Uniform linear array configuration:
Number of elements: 8
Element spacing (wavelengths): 0.75
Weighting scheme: blackman
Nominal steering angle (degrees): -15
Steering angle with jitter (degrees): -15.328
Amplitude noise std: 0.05
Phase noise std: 0.05

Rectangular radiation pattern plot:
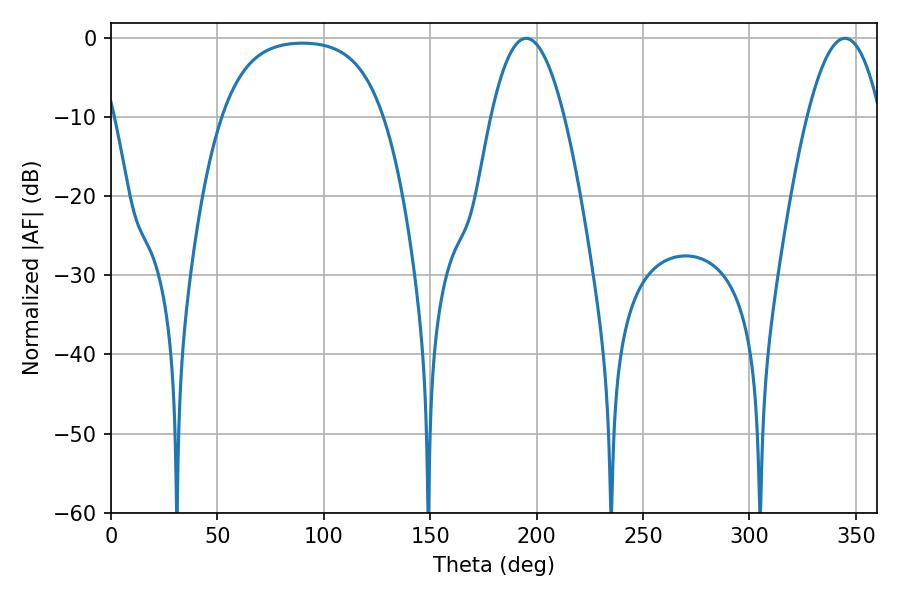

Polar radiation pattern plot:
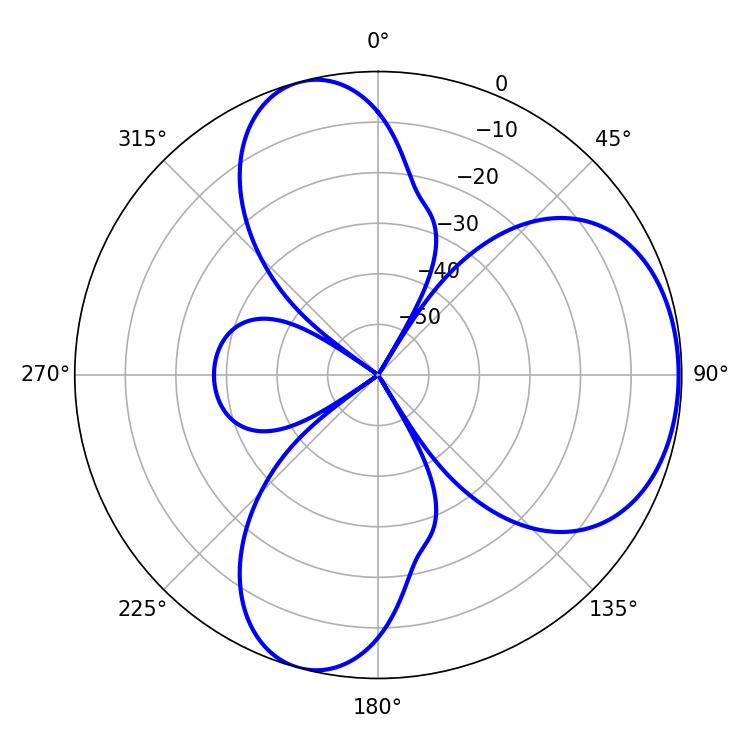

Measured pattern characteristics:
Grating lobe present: TRUE
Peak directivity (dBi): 5.543
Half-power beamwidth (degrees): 19.08
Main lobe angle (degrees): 195.12